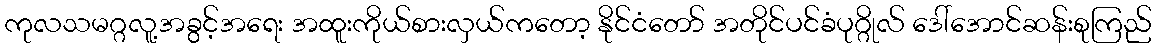
ကုလသမဂ္ဂလူ့အခွင့်အရေး အထူးကိုယ်စားလှယ်ကတော့ နိုင်ငံတော် အတိုင်ပင်ခံပုဂ္ဂိုလ် ဒေါ်အောင်ဆန်းစုကြည်